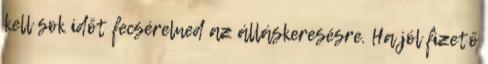
kell sok időt fecsérelned az álláskeresésre. Ha jól fizető